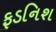
ફડનિશ